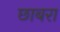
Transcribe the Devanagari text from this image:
छाबरा